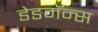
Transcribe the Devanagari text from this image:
डेडमॅन्स